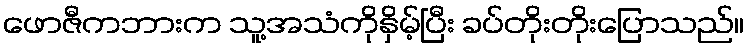
ဖောဇီကဘားက သူ့အသံကိုနှိမ့်ပြီး ခပ်တိုးတိုးပြောသည်။